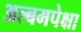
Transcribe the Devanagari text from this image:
अल्बमपेक्षा